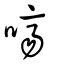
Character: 嚌